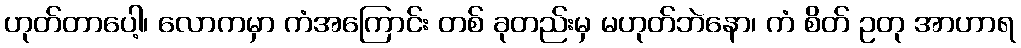
ဟုတ်တာပေါ့၊ လောကမှာ ကံအကြောင်း တစ် ခုတည်းမှ မဟုတ်ဘဲနော၊ ကံ စိတ် ဥတု အာဟာရ